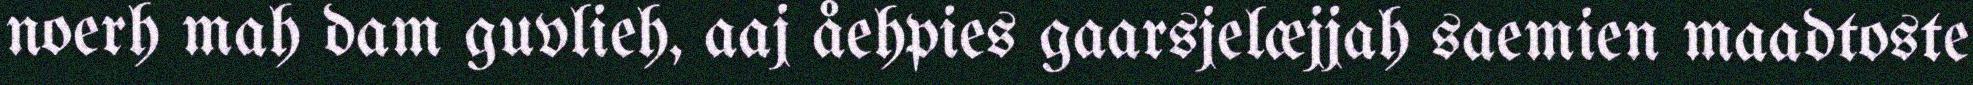
noerh mah dam guvlieh, aaj åehpies gaarsjelæjjah saemien maadtoste